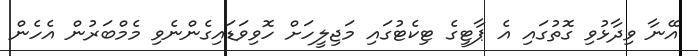
އޭނާ ވިދާޅުވި ގޮތުގައި އެ ޕާޓީގެ ޓިކެޓުގައި މަޖިލީހަށް ހޮވިވަޑައިގެންނެވި މެމްބަރުން އެހެން